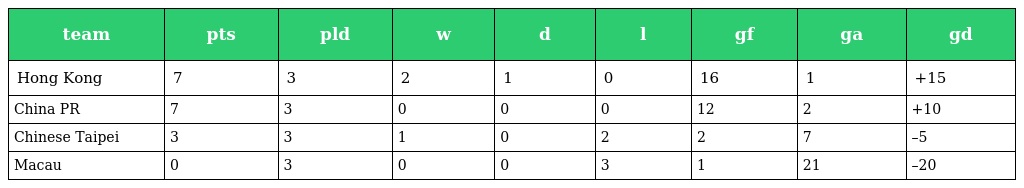
| team | pts | pld | w | d | l | gf | ga | gd |
 | --- | --- | --- | --- | --- | --- | --- | --- | --- |
 | Hong Kong | 7 | 3 | 2 | 1 | 0 | 16 | 1 | +15 |
 | China PR | 7 | 3 | 0 | 0 | 0 | 12 | 2 | +10 |
 | Chinese Taipei | 3 | 3 | 1 | 0 | 2 | 2 | 7 | –5 |
 | Macau | 0 | 3 | 0 | 0 | 3 | 1 | 21 | –20 |